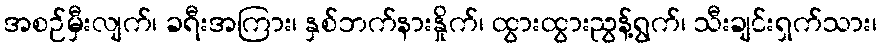
အစဉ်မှီးလျက်၊ ခရီးအကြား၊ နှစ်ဘက်နားနှိုက်၊ ထွားထွားညွန့်ရွက်၊ သီးချင်းရှက်သား၊